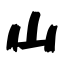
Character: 山